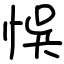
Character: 悞